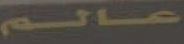
عالم